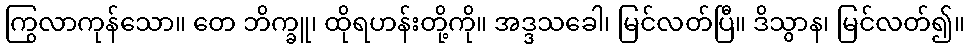
ကြွလာကုန်သော။ တေ ဘိက္ခူ၊ ထိုရဟန်းတို့ကို။ အဒ္ဒသခေါ၊ မြင်လတ်ပြီ။ ဒိသွာန၊ မြင်လတ်၍။